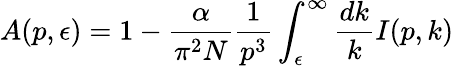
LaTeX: A(p,\epsilon)=1-\frac{\alpha}{\pi^{2}N}\frac{1}{p^{3}}\int_{\epsilon}^{\infty}\frac{dk}{k}I(p,k)